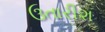
ઉતારીશ